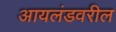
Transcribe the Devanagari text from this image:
आयलंडवरील